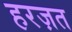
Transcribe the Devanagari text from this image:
हरज़त